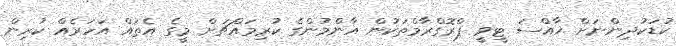
ކުޑަކުދިންނަށް ޚާއްސަ ޓީވީ ޕްރޮގްރާމްތަކުން އާންމުންގެ ކުރިމައްޗަށް މީގެ އެތައް އަހަރެއް ކުރިން